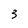
Character: 3